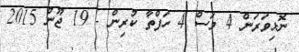
ނޮޅިވަރަން 4 މަސް 4 ހަފްތާ ކުރިން - 19 ޖޫން 2015